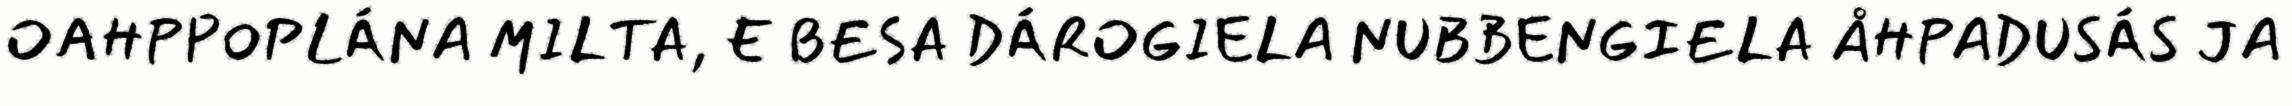
OAHPPOPLÁNA MILTA, E BESA DÁROGIELA NUBBENGIELA ÅHPADUSÁS JA